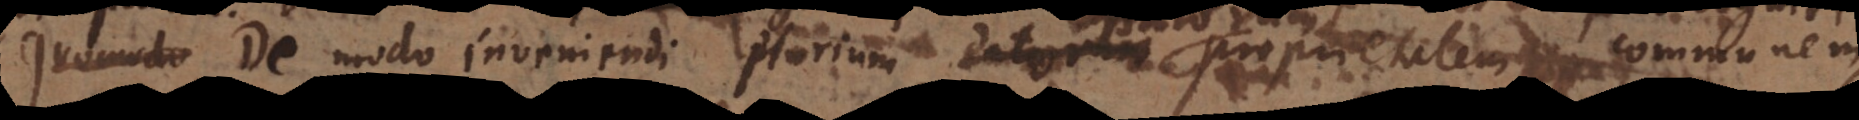
Quomodo De modo inveniendi plurium datorum proprietatem communem